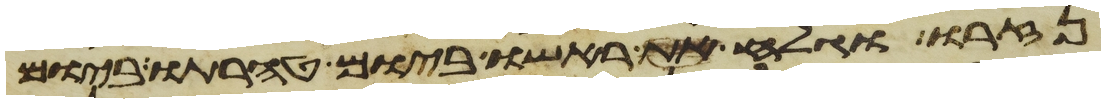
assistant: נזרו וגלח ראשו ביום טהרתו ביום